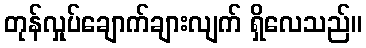
တုန်လှုပ်ချောက်ချားလျက် ရှိလေသည်။